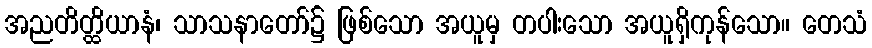
အညတိတ္ထိယာနံ၊ သာသနာတော်၌ ဖြစ်သော အယူမှ တပါးသော အယူရှိကုန်သော။ တေသံ